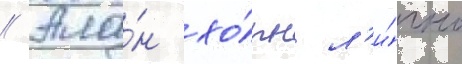
// Ала́н хо́рн л'и́чно